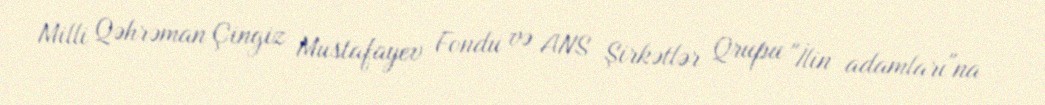
Milli Qəhrəman Çingiz Mustafayev Fondu və ANS Şirkətlər Qrupu "İlin adamları"na